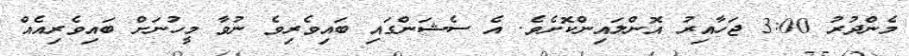
މެންދުރު 3:00 ޖަހާއިރު އޮންލައިންކޮށެވެ. އެ ސެޝަންގައި ބައިވެރިވެ ނުވާ މީހުނަށް ބައިވެރިއެއް